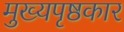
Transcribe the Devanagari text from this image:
मुख्यपृष्ठकार